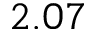
2 . 0 7